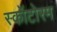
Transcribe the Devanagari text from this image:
स्कॉटोरम